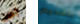
آخر بتقديم